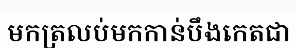
មកត្រលប់មកកាន់បឹងកេតជា